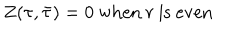
LaTeX: Z ( \tau , \bar { \tau } ) = 0 ~ \mathrm { w h e n } ~ r ~ \mathrm { i s ~ e v e n }